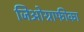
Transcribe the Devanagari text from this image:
जिओग्राफीका